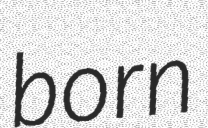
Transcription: born